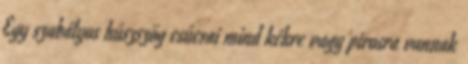
Egy szabályos húszszög csúcsai mind kékre vagy pirosra vannak